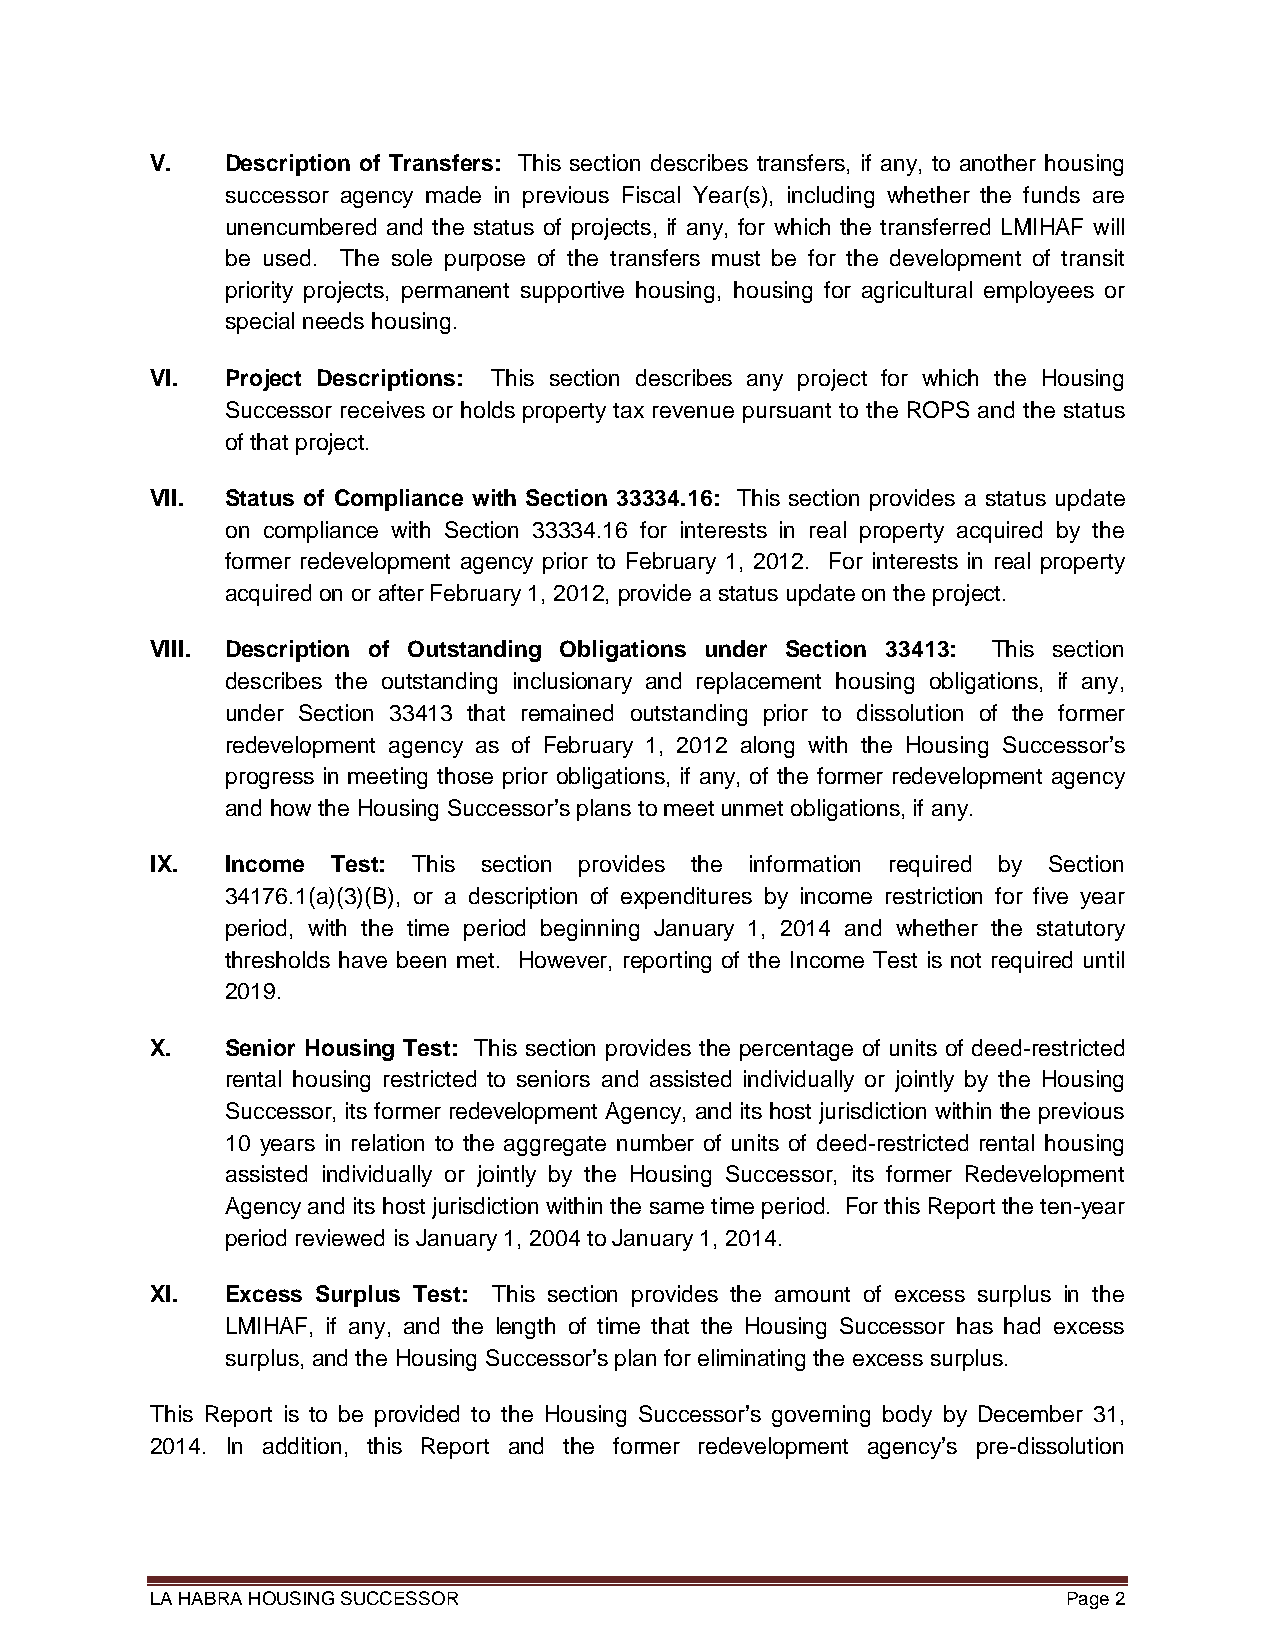
V.   Description of Transfers: This section describes transfers, if any, to another housing
 successor agency made in previous Fiscal Year(s), including whether the funds are
 unencumbered and the status of projects, if any, for which the transferred LMIHAF will
 be used. The sole purpose of the transfers must be for the development of transit
 priority projects, permanent supportive housing, housing for agricultural employees or
 special needs housing.
 VI.  Project Descriptions: This section describes any project for which the Housing
 Successor receives or holds property tax revenue pursuant to the ROPS and the status
 of that project.
 VII. Status of Compliance with Section 33334.16: This section provides a status update
 on compliance with Section 33334.16 for interests in real property acquired by the
 former redevelopment agency prior to February 1, 2012. For interests in real property
 acquired on or after February 1, 2012, provide a status update on the project.
 VIII. Description of Outstanding Obligations under Section 33413: This section
 describes the outstanding inclusionary and replacement housing obligations, if any,
 under Section 33413 that remained outstanding prior to dissolution of the former
 redevelopment agency as of February 1, 2012 along with the Housing Successor’s
 progress in meeting those prior obligations, if any, of the former redevelopment agency
 and how the Housing Successor’s plans to meet unmet obligations, if any.
 IX.  Income Test: This section provides the information required by Section
 34176.1(a)(3)(B), or a description of expenditures by income restriction for five year
 period, with the time period beginning January 1, 2014 and whether the statutory
 thresholds have been met. However, reporting of the Income Test is not required until
 2019.
 X.   Senior Housing Test: This section provides the percentage of units of deed-restricted
 rental housing restricted to seniors and assisted individually or jointly by the Housing
 Successor, its former redevelopment Agency, and its host jurisdiction within the previous
 10 years in relation to the aggregate number of units of deed-restricted rental housing
 assisted individually or jointly by the Housing Successor, its former Redevelopment
 Agency and its host jurisdiction within the same time period. For this Report the ten-year
 period reviewed is January 1, 2004 to January 1, 2014.
 XI.  Excess Surplus Test: This section provides the amount of excess surplus in the
 LMIHAF, if any, and the length of time that the Housing Successor has had excess
 surplus, and the Housing Successor’s plan for eliminating the excess surplus.
 This Report is to be provided to the Housing Successor’s governing body by December 31,
 2014. In addition, this Report and the former redevelopment agency’s pre-dissolution
 LA HABRA HOUSING SUCCESSOR                                   Page 2